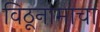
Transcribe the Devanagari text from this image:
विठूनामाचा